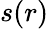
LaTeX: s(r)